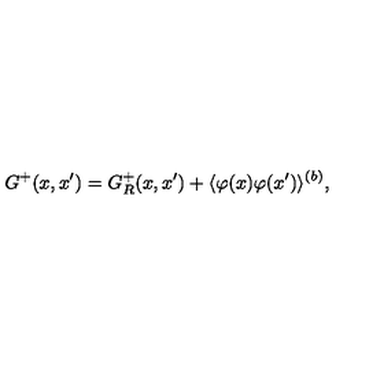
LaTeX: G ^ { + } ( x , x ^ { \prime } ) = G _ { R } ^ { + } ( x , x ^ { \prime } ) + \langle \varphi ( x ) \varphi ( x ^ { \prime } ) \rangle ^ { ( b ) } ,